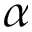
\alpha